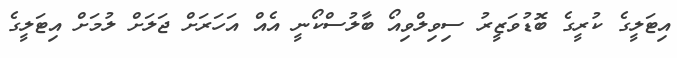
އިޓަލީގެ ކުރީގެ ބޮޑުވަޒީރު ސިވިލްވިއޯ ބާލުސްކޯނީ އެއް އަހަރަށް ޖަލަށް ލުމަށް އިޓަލީގެ